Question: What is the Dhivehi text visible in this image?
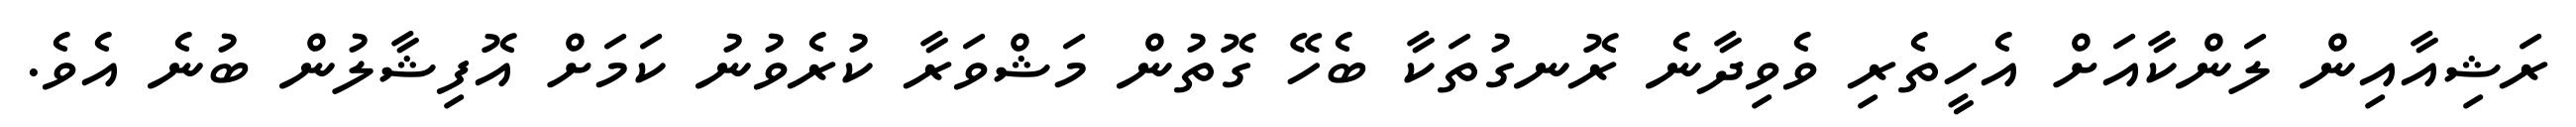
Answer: ރަޝިއާއިން ލަންކާއަށް އެހީތެރި ވެވިދާނެ ރޮނގުތަކާ ބެހޭ ގޮތުން މަޝްވަރާ ކުރެވުނު ކަމަށް އޮފިޝާލުން ބުނެ އެވެ.